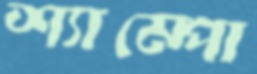
শ্যাম্পো